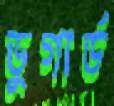
ডুগার্ড